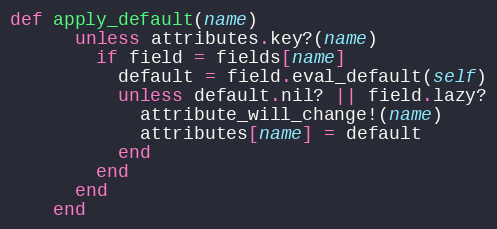
Language: Ruby
def apply_default(name)
      unless attributes.key?(name)
        if field = fields[name]
          default = field.eval_default(self)
          unless default.nil? || field.lazy?
            attribute_will_change!(name)
            attributes[name] = default
          end
        end
      end
    end